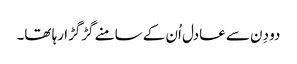
دو دِن سے عادل اُن کے سامنے گڑگڑا رہا تھا۔